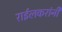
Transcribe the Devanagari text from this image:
राईलकरांनी